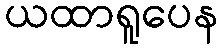
ယထာရူပေန